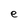
Character: e